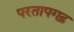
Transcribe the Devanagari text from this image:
परतापगढ़